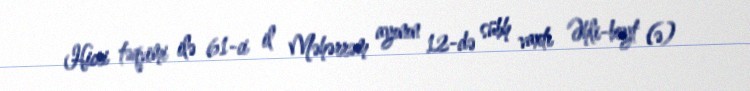
Hicri təqvimi ilə 61-ci il Məhərrəm ayının 12-də sübh vaxtı Əhli-beyt (ə)